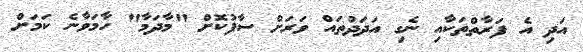
އަދި އެ ފަރާތްތަކާއި ނެގި އަދަދުތައް ވަރަށް ސާފުކޮށް "މާދަމާ" ހާމަވާނެ ކަމަށް